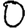
Digit: 0